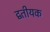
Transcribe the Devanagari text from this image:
द्वतीयक